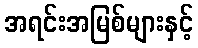
အရင်းအမြစ်များနှင့်